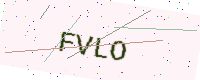
Text: FVLO